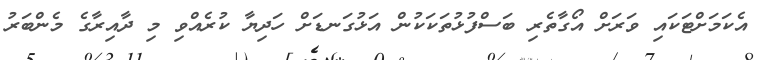
އެކަމަށްޓަކައި ވަރަށް އޯގާތެރި ބަސްފުޅުތަކަކުން އަޅުގަނޑަށް ހަދިޔާ ކުރެއްވި މި ދާއިރާގެ މެންބަރު